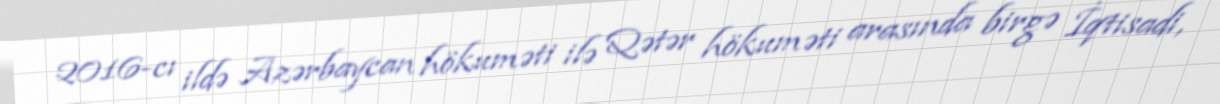
2016-cı ildə Azərbaycan hökuməti ilə Qətər hökuməti arasında birgə İqtisadi,